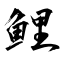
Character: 鯉